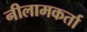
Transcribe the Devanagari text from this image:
नीलामकर्ता